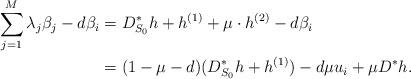
LaTeX: \begin{align*}\sum_{j=1}^{M}\lambda_j\beta_j-d\beta_i&=D^*_{S_0}h+h^{(1)}+\mu\cdot h^{(2)}-d\beta_i\\&=(1-\mu-d)(D^*_{S_0}h+h^{(1)})-d\mu u_i+\mu D^*h.\end{align*}